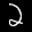
Label: 2